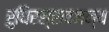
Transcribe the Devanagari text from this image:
रुधिरस्रावजन्य